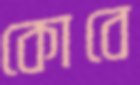
কোবে